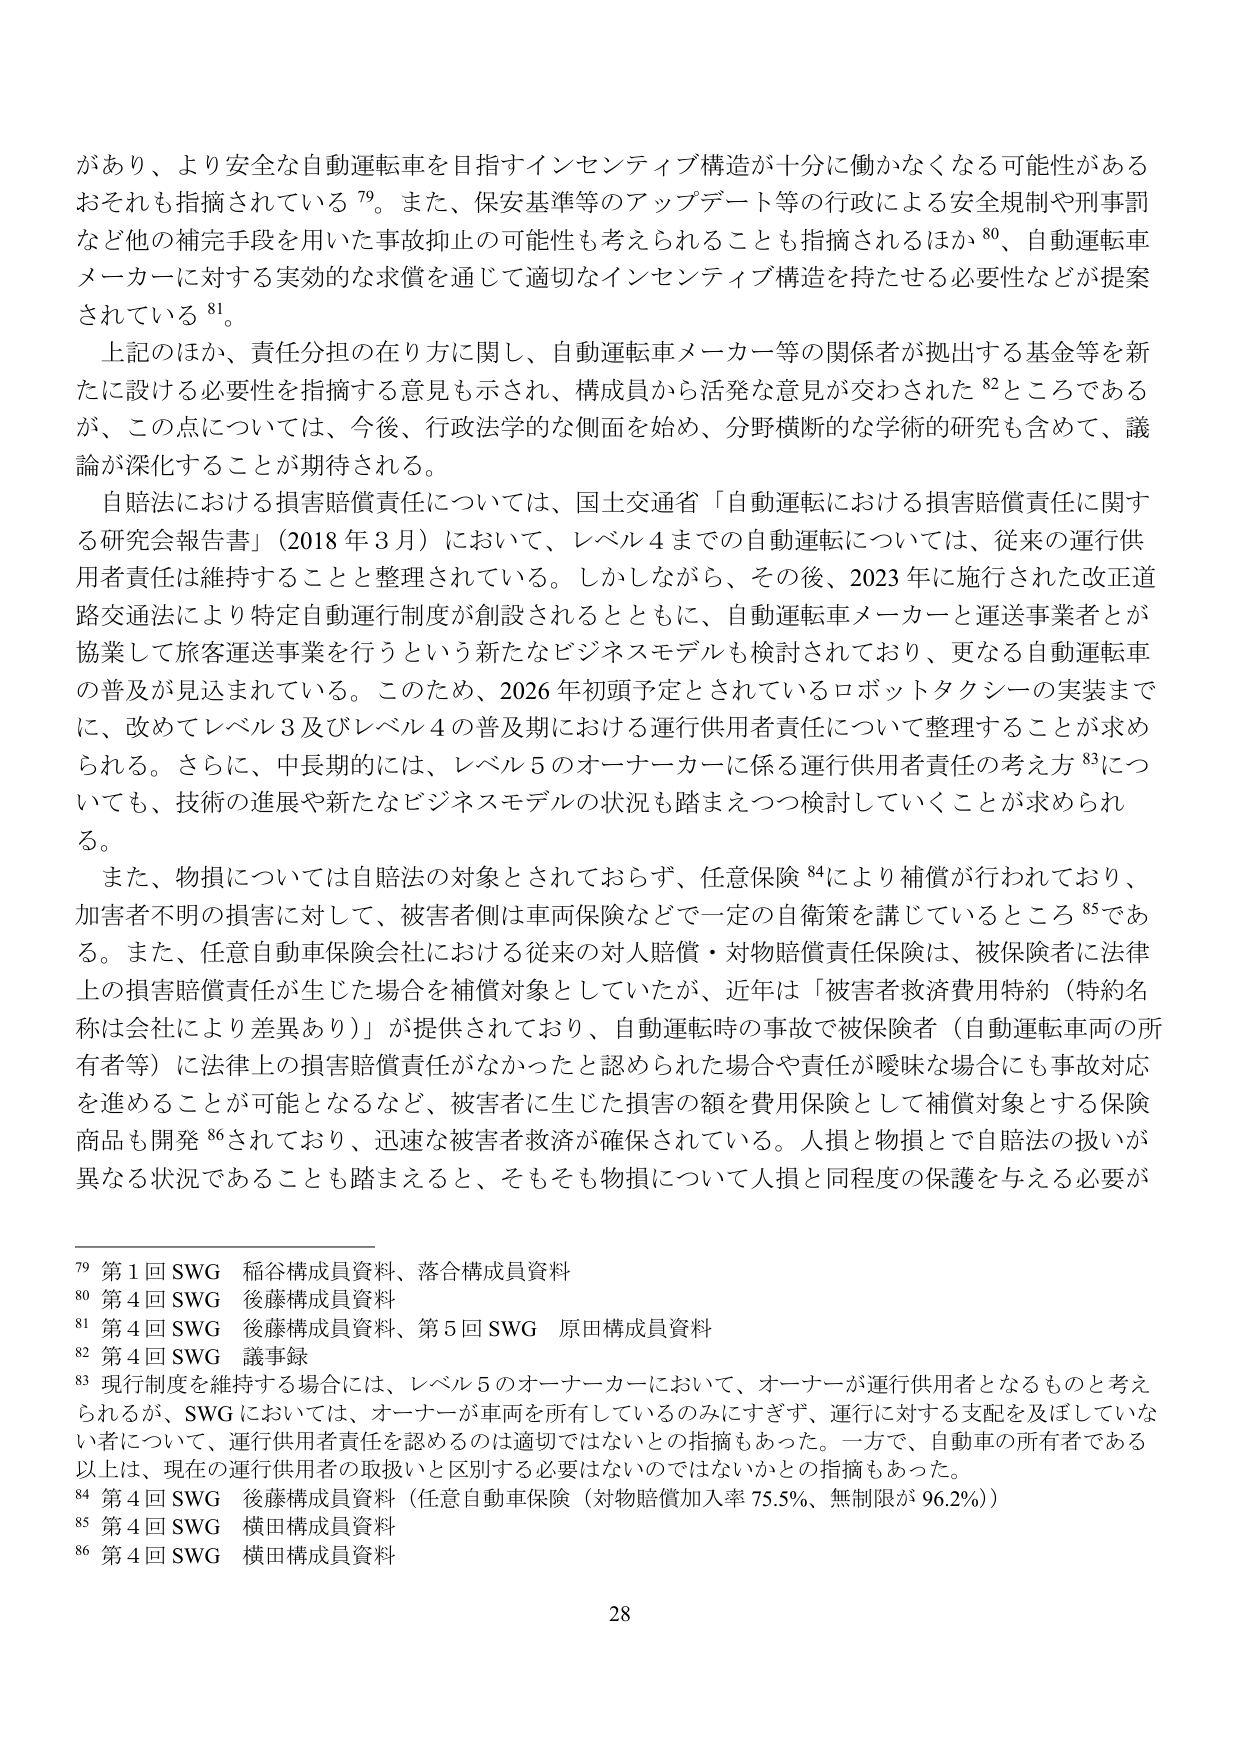
があり、より安全な自動運転車を目指すインセンティブ構造が十分に働かなくなる可能性がある
おそれも指摘されている 79。また、保安基準等のアップデート等の行政による安全規制や刑事罰
など他の補完手段を用いた事故抑止の可能性も考えられることも指摘されるほか 80、自動運転車
メーカーに対する実効的な求償を通じて適切なインセンティブ構造を持たせる必要性などが提案
されている 81。

上記のほか、責任分担の在り方に関し、自動運転車メーカー等の関係者が拠出する基金等を新
たに設ける必要性を指摘する意見も示され、構成員から活発な意見が交わされた 82ところである
が、この点については、今後、行政法学的な側面を始め、分野横断的な学術的研究も含めて、議
論が深化することが期待される。

自賠法における損害賠償責任については、国土交通省「自動運転における損害賠償責任に関す
る研究会報告書」（2018年3月）において、レベル4までの自動運転については、従来の運行供
用者責任は維持することと整理されている。しかしながら、その後、2023年に施行された改正道
路交通法により特定自動運行制度が創設されるとともに、自動運転車メーカーと運送事業者が
協業して旅客運送事業を行うという新たなビジネスモデルも検討されており、更なる自動運転車
の普及が見込まれている。このため、2026年初頭予定とされているロボットタクシーの実装まで
に、改めてレベル3及びレベル4の普及期における運行供用者責任について整理することが求め
られる。さらに、中長期的には、レベル5のオーナーカーに係る運行供用者責任の考え方 83につ
いても、技術の進展や新たなビジネスモデルの状況も踏まえつつ検討していくことが求められ
る。

また、物損については自賠法の対象とされておらず、任意保険 84により補償が行われており、
加害者不明の損害に対して、被害者側は車両保険などで一定の自衛策を講じているところ 85であ
る。また、任意自動車保険会社における従来の対人賠償・対物賠償責任保険は、被保険者に法律
上の損害賠償責任が生じた場合を補償対象としていたが、近年は「被害者救済費用特約（特約名
称は会社により差異あり）」が提供されており、自動運転時の事故で被保険者（自動運転車両の所
有者等）に法律上の損害賠償責任がなかったと認められた場合や責任が曖昧な場合にも事故対応
を進めることが可能となるなど、被害者に生じた損害の額を費用保険として補償対象とする保険
商品も開発 86されており、迅速な被害者救済が確保されている。人損と物損とで自賠法の扱いが
異なる状況であることも踏まえると、そもそも物損について人損と同程度の保護を与える必要が

79 第1回SWG 稲谷構成員資料、落合構成員資料
80 第4回SWG 後藤構成員資料
81 第4回SWG 後藤構成員資料、第5回SWG 原田構成員資料
82 第4回SWG 議事録
83 現行制度を維持する場合には、レベル5のオーナーカーにおいて、オーナーが運行供用者となるものと考え
られるが、SWGにおいては、オーナーが車両を所有しているのみにすぎず、運行に対する支配を及ぼしていな
い者について、運行供用者責任を認めるのは適切ではないとの指摘もあった。一方で、自動車の所有者である
以上は、現在の運行供用者の取扱いと区別する必要はないのではないかとの指摘もあった。
84 第4回SWG 後藤構成員資料（任意自動車保険（対物賠償加入率75.5%、無制限が96.2%））
85 第4回SWG 横田構成員資料
86 第4回SWG 横田構成員資料

28